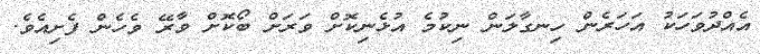
އެއްދުވަހަކު އަހަރެން ހިނގާލަން ނިކުމެ އުޅެނިކޮށް ވަރަށް ބޯކޮށް ވާރޭ ވެހެން ފެށިއެވެ.